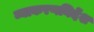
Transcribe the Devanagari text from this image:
व्याकरणनिर्देश